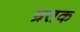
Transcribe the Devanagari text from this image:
म्रतक